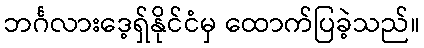
ဘင်္ဂလားဒေ့ရှ်နိုင်ငံမှ ထောက်ပြခဲ့သည်။